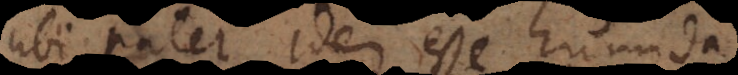
ubi patet idem esse humida